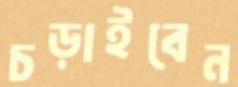
চড়াইবেন